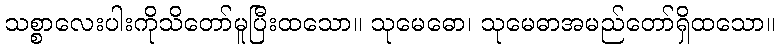
သစ္စာလေးပါးကိုသိတော်မူပြီးထသော။ သုမေဓော၊ သုမေဓာအမည်တော်ရှိထသော။